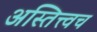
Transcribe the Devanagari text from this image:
अस्तित्त्वच